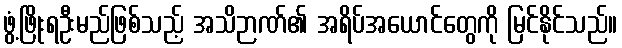
ဖွံ့ဖြိုးရဦးမည်ဖြစ်သည့် အသိဉာဏ်၏ အရိပ်အယောင်တွေကို မြင်နိုင်သည်။